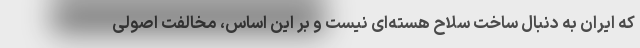
که ایران به دنبال ساخت سلاح هسته‌ای نیست و بر این اساس، مخالفت اصولی